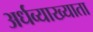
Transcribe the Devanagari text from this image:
अर्धव्याख्याता